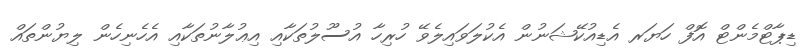
ޑިޕާޓްމެންޓް އޮފް ހަޔަރ އެޑިއުކޭޝަނުން އެކުލަވައިލެވޭ ހުރިހާ އުސޫލުތަކާއި އިޢުލާނުތަކާއި އެހެނިހެން ލިޔުންތައް